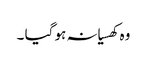
وہ کھسیانہ ہو گیا ۔